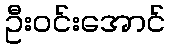
ဦးဝင်းအောင်